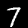
Digit: 7